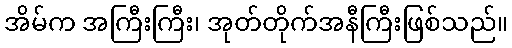
အိမ်က အကြီးကြီး၊ အုတ်တိုက်အနီကြီးဖြစ်သည်။